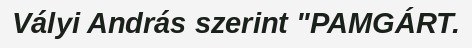
Vályi András szerint "PAMGÁRT.